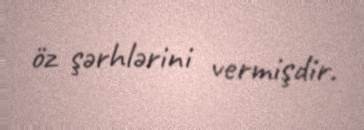
öz şərhlərini vermişdir.